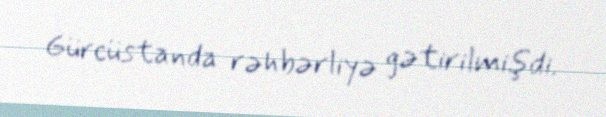
Gürcüstanda rəhbərliyə gətirilmişdi.